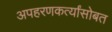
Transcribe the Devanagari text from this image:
अपहरणकर्त्यांसोबत